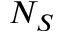
N _ { S }